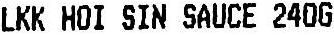
LKK HOI SIN SAUCE 240G